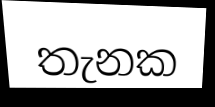
තැනක